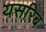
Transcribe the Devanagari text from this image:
यसरिब